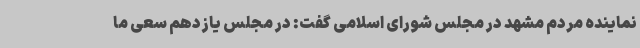
نماینده مردم مشهد در مجلس شورای اسلامی گفت: در مجلس یازدهم سعی ما